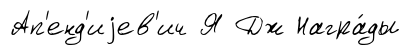
Ап'енд'иjев'ич Я Дж Награ́ды